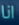
انا